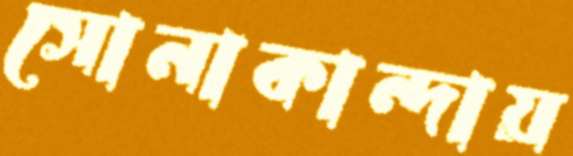
সোনাকান্দায়